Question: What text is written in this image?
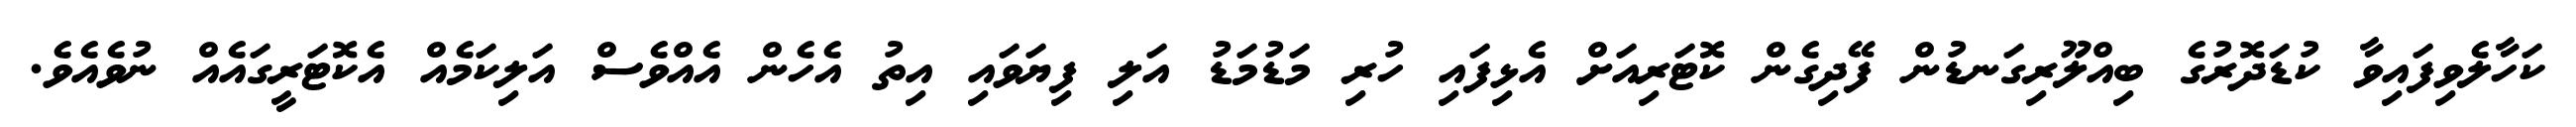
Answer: ކަހާލެވިފައިވާ ކުޑަދޮރުގެ ބިއްލޫރިގަނޑުން ފޭދިގެން ކޮޓަރިއަށް އެޅިފައި ހުރި މަޑުމަޑު އަލި ފިޔަވައި އިތު އެހެން އެއްވެސް އަލިކަމެއް އެކޮޓަރީގައެއް ނުވެއެވެ.